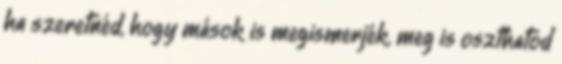
ha szeretnéd, hogy mások is megismerjék, meg is oszthatod